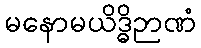
မနောမယိဒ္ဓိဉာဏံ